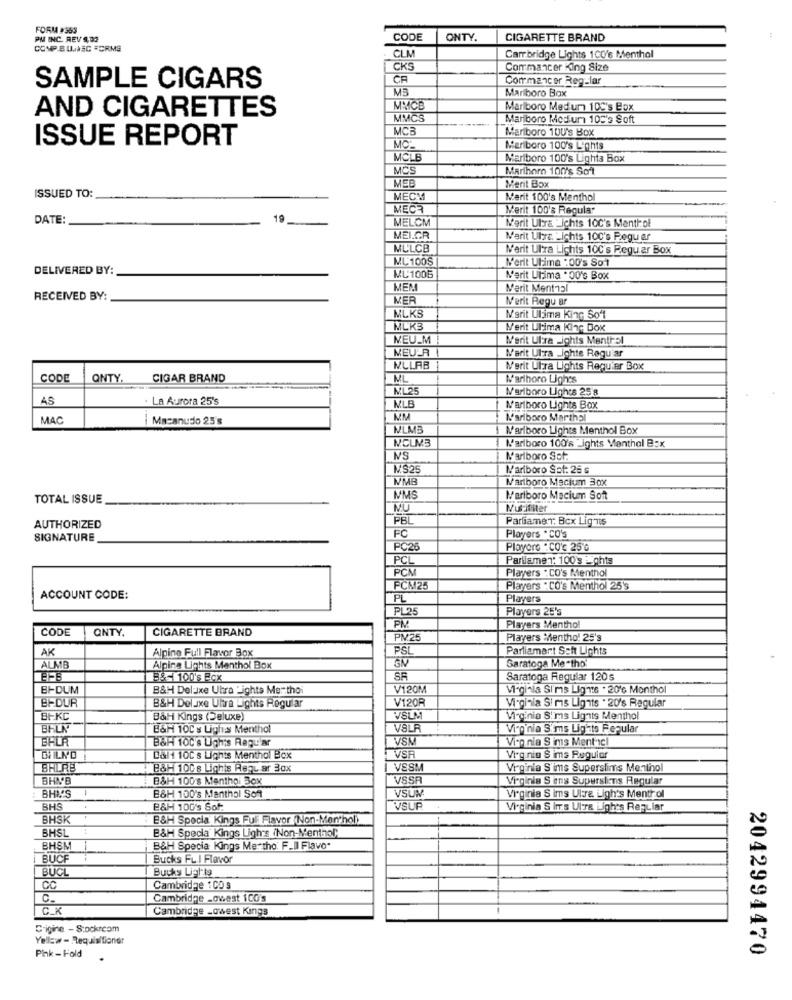
FORM #353
PM INC. REV 9,02
CODE
ONTY.
CIGARETTE BRAND
COMP.BUNA SC FORMS
CLN
Carr bridge Lights 1CO's Menthal
CKS
Comrmancer King Size
CA
Commencer Reg-lar
SAMPLE CIGARS
M3
Marlboro Box
AND CIGARETTES
MMICB
Marlboro Med um 10C's Box
MMCS
Marlboro Medium 105's Soft
MC
Marlboro 100's Box
ISSUE REPORT
MC:
Meriboro 100's Lights
MCLB
Marlboro 100's Lighta Box
MCS
Marihorn 100's Soft
MEB
Merit Box
ISSUED TO:
MECM
Marit 100's Menthol
MECR
Merit 100's Regular
DATE:
19
MELCM
Merit Ultra -ichts 100's Mentiof
MEI.GR
Marit Uhrs. - ichts 100's Peguer
MULCB
N'erit UIra Lichts 100's Reguer Box
ML: 100S
Merit Ulima :00's Sol
DELIVERED BY:
ML:1005
Marit Ulima . 00'℃ Box
MEM
Merit Ment151
RECEIVED BY:
MER
Merit Regu ar
MLKS
Merit Ulima King Soft
MLK3
M'erit Ultima Kinc Box
MEU_M!
Merit Ultra -ights Menthal
MEU-A
Marit UIra _ighte Raguiar
KLLAB
N'erit UIra Lights Requier Box
CODE
QNTY.
CIGAR BRAND
ML
Warihoro Lights
ML25
Marlboro Lights 25 8
AS
. La Aurora 25's
MLB
Marlboro Lights Box
MAC
Macanudo 25's
MM
Marlboro Marthol
NLMB
Marlboro Lights Menthol Box
NCLM3
Marlboro 100's -ights Menthal B:x
NS
Marlboro Set:
$25
Marlboro Set: 25 s
WMB
Marlboro Mecium 30x
TOTAL ISSUE
MMS
Mariboro Macium Sont
MU
Nuititer
PBL
Partiamet: Bcx Lig TIS
AUTHORIZED
FC
SIGNATURE
Players * CO's
PC26
Playore . CO'℃ 25 ℃
PCL
Partiamen: 100's Lights
PCA
Players . CO's Menthol
FCM25
Players . CO's Menthol 25's
ACCOUNT CODE:
PL
Players
PL25
Players 25's
CODE
CIGARETTE BRAND
PM
Players Menthol
QNTY.
PM25
Players Mentho! 25's
AK
PSL
Parliament Seit Lichts
Alpine Full Flavor Box
Saratoga Me -tho
ALMB
Alpina Lights Menthol Box
BS= 100's Box
SR
Saratoga Regular 120 s
BI-DUM
B&H Deluxe Uhra Lights Me- tho
V120M
Vi-ginia Si'ms Ligins . 20'℃ Monthol
B-DUR
V120F
B&H Deluxe Uhra Lights Regular
Virginia Sims Lights . 20's Regular
BIKC
B&Hi Kings (Deluxe)
VSLM
Virginia S'ims Lights Menthol
BALK
B&H 100's Lighs Menthol
VSLF
Virginia S''ms Lights Regular
BALA
B&H 10c's Lights Regular
VSM
Viop nia S ims Menthcl
EVILNO
Dal1 10c's Lighis Menthol Box
VSA
Virginia S ims Ruquier
BALRB
B&H 10Cs Lighis Requ ar 30x
VSSM
Virginia S'ims Superslims Menthol
BHN'B
B&H 100's Menthol Box
VSSR
Virginia S ens Supersiens Regular
BHA'S
B&H 100's Menthol Sof
VSUN
Virginia S ims Uitre Ligh's Menthol
BHS
E&H 100's Sof.
VSUR
Virginia S im's UIT& Lights Regular
BHSK
E&H Specia Kings Full Flavor (Non-Menthol)
E&H Specia' Kings Ligh's iNon-Menthol"
BHSL
BHSM
B&H Specia Kings Mertho: F.Il Flavo.
BUCF
Bucks Full Flavor
BUCL
Bucks Lights
CC
Cambridge 1 00 s
Cambridge -ovest iCO's
C.K
Cambridge -owest Kings
C-igine - S:ockrcom
Yellow- Requisitioner
Pink - Fold
2042994470